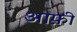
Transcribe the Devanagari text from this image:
आफ़ी